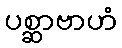
ပစ္ဆာဗာဟံ